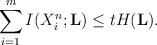
LaTeX: \begin{align*}\sum_{i=1}^m I(X_i^n;\textbf{L}) \leq tH(\textbf{L}). \end{align*}